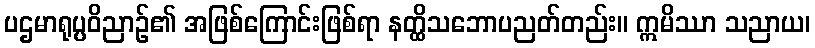
ပဌမာရုပ္ပဝိညာဉ်၏ အဖြစ်ကြောင်းဖြစ်ရာ နတ္ထိသဘောပညတ်တည်း။ ဣမိဿာ သညာယ၊